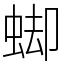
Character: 䖼